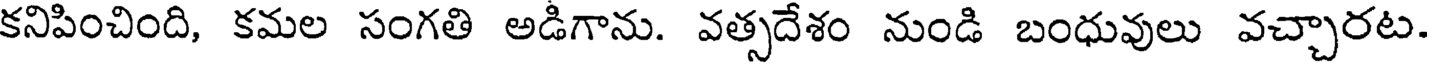
కనిపించింది, కమల సంగతి అడిగాను. వత్సదేశం నుండి బంధువులు వచ్చారట.